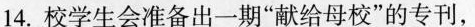
14.校学生会准备出一期”献给母校”的专刊，